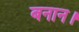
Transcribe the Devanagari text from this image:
बनान।